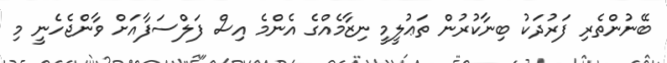
ބޭނުންތެރި ފަރުދަކު ބިނާކުރުން ތަޢުލީމީ ނިޒާމެއްގެ އެންމެ އިސް ފަލްސަފާއަށް ވާންޖެހެނީ މި